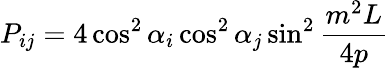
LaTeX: P_{ij}=4\cos^{2}\alpha_{i}\cos^{2}\alpha_{j}\sin^{2}\frac{m^{2}L}{4p}